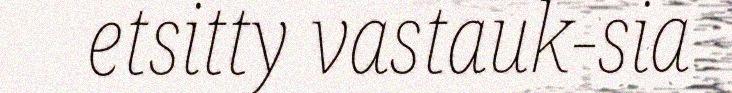
etsitty vastauk-sia